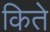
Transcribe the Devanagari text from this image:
किते